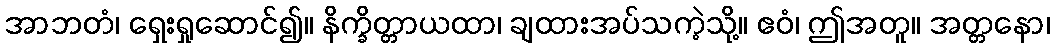
အာဘတံ၊ ရှေးရှုဆောင်၍။ နိက္ခိတ္တာယထာ၊ ချထားအပ်သကဲ့သို့။ ဧဝံ၊ ဤအတူ။ အတ္တနော၊